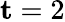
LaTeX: \mathbf{t}=2